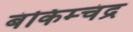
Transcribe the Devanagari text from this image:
बंकिम्चंद्र